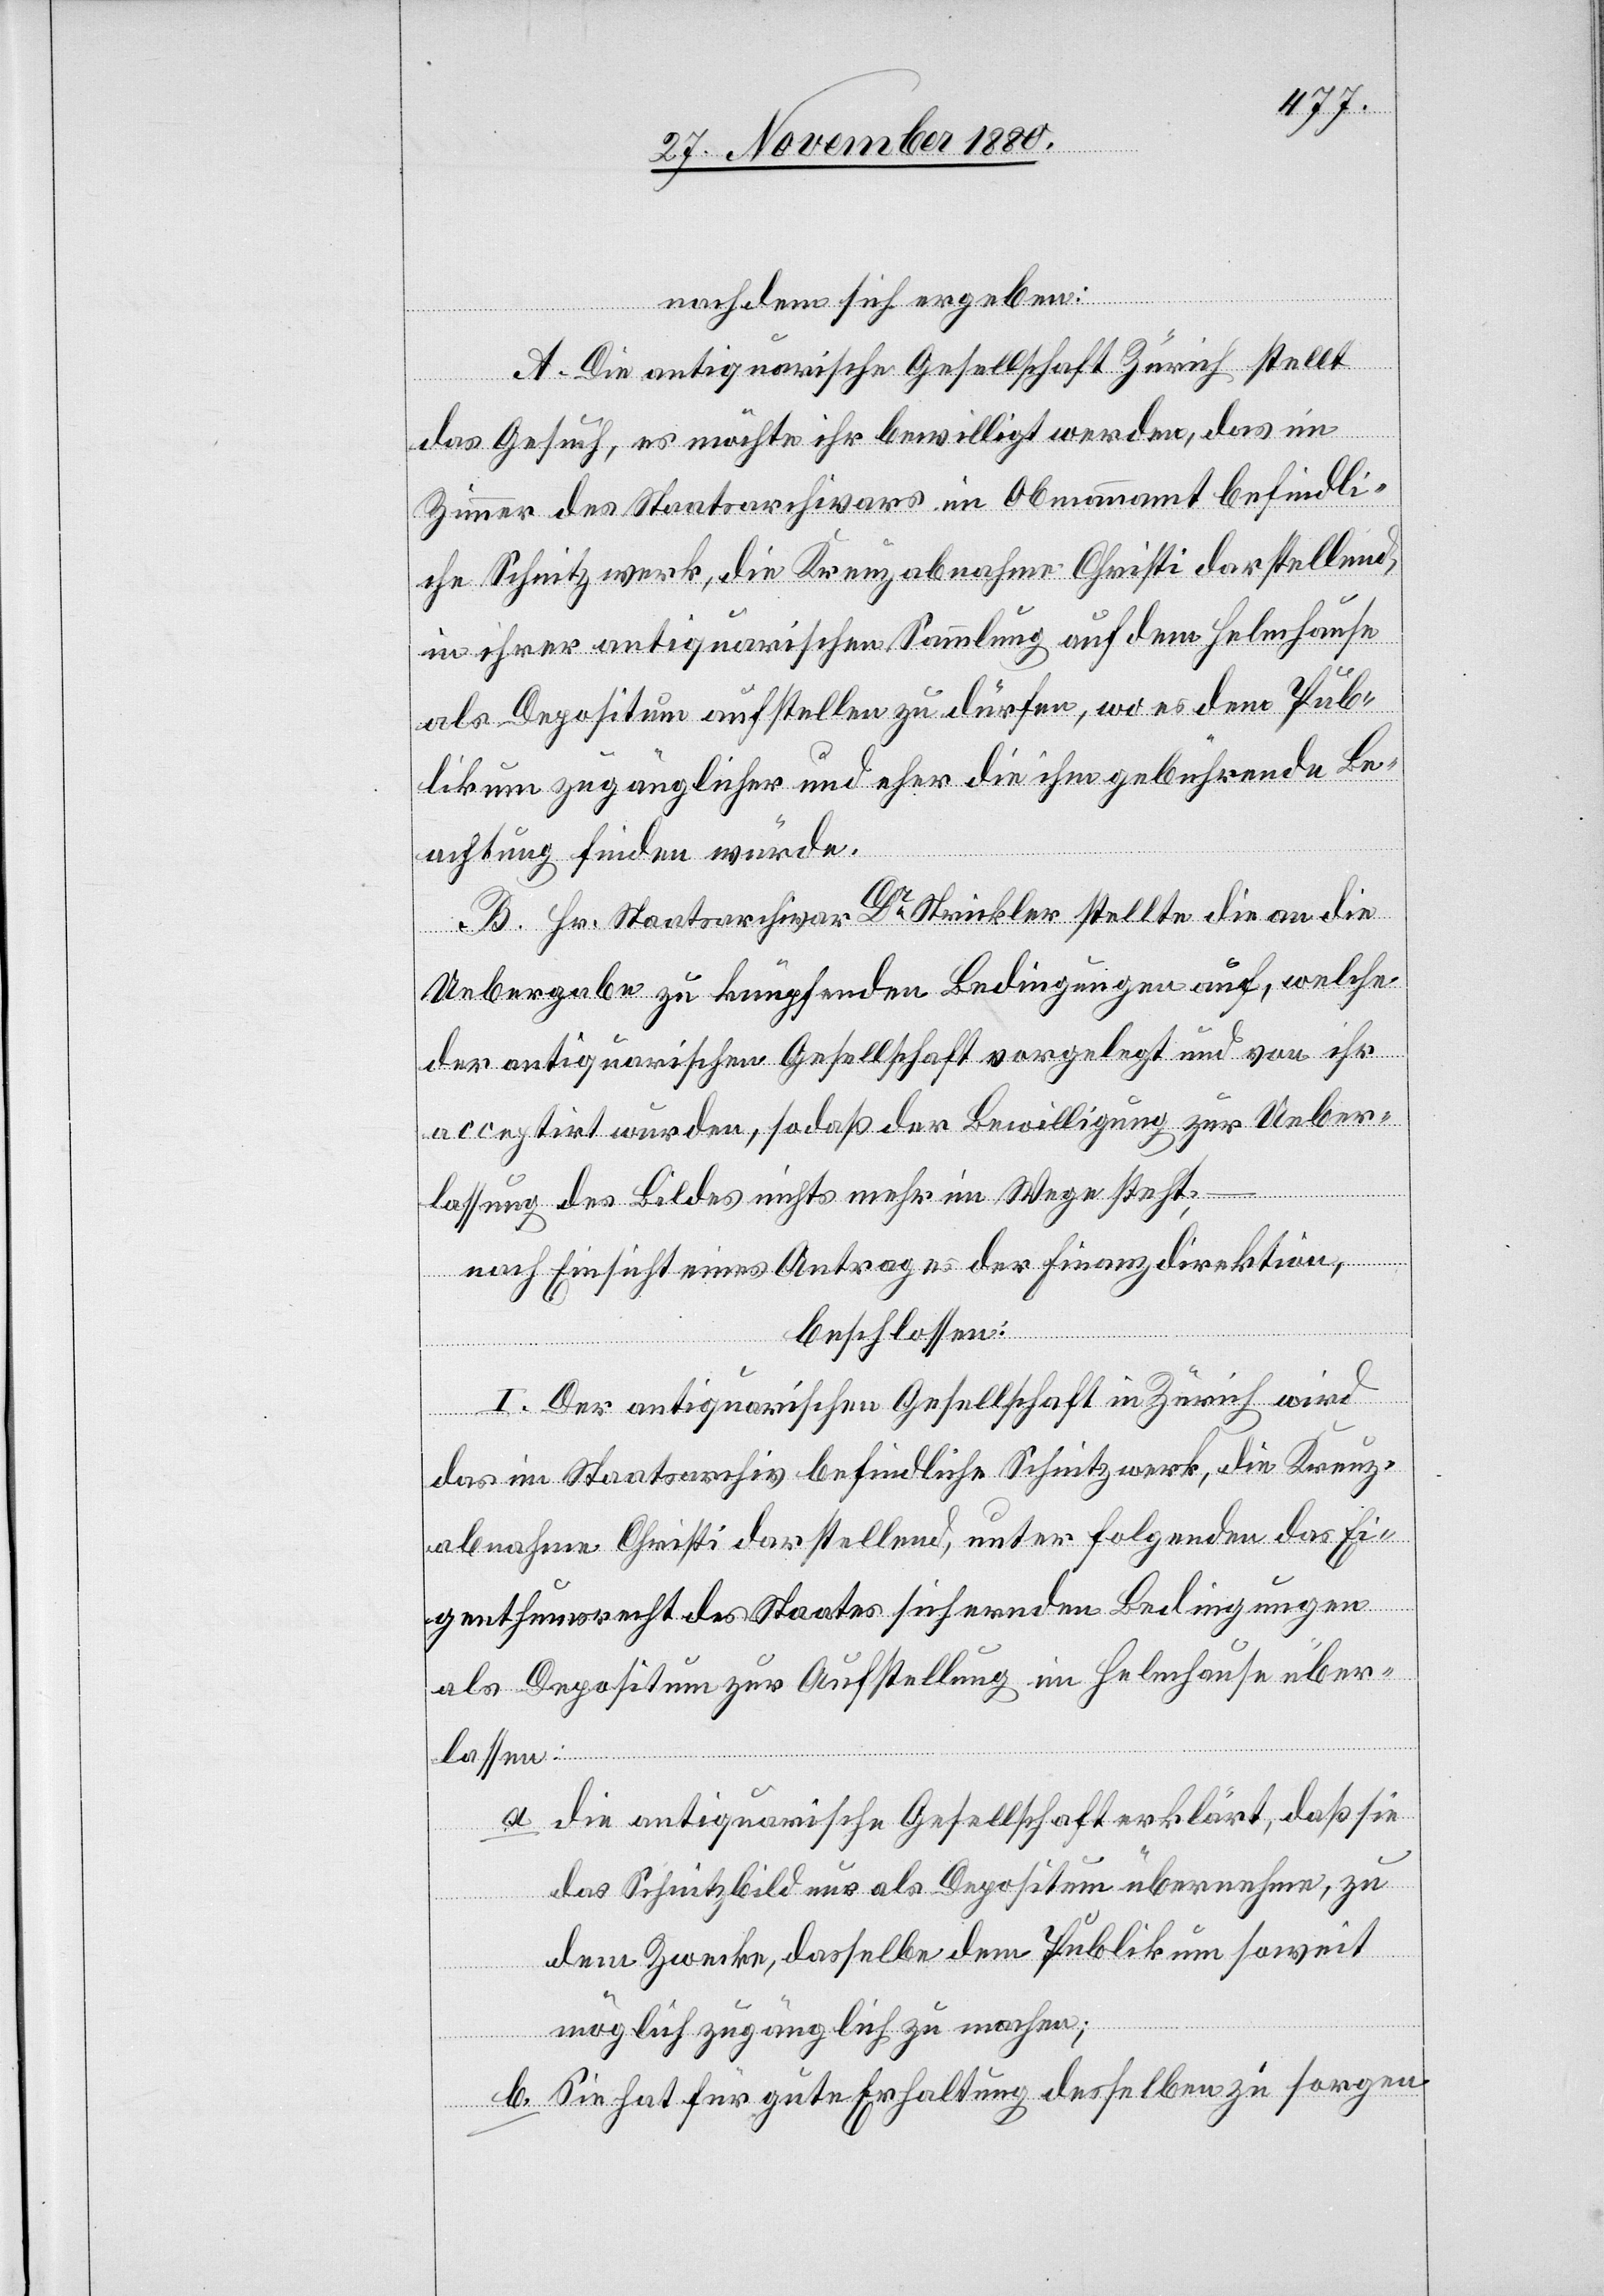
nachdem sich ergeben:
A. Die antiquarische Gesellschaft Zürich stellt
das Gesuch, es möchte ihr bewilligt werden, das im
Zimmer des Staatsarchivars im Obmannamt befindli¬
che Schnitzwerk, die Kreuzabnahme Christi darstellend,
in ihrer antiquarischen Sammlung auf dem Helmhause
als Depositum aufstellen zu dürfen, wo es dem Pub¬
likum zugänglicher und eher die ihm gebührende Be¬
achtung finden würde.
B. Hr. Staatsarchivar Dr Strickler stellte die an die
Uebergabe zu knüpfende Bedingungen auf, welche
der antiquarischen Gesellschaft vorgelegt und von ihr
acceptirt wurden, sodaß der Bewilligung zur Ueber¬
lassung des Bildes nichts mehr im Wege steht; –
nach Einsicht eines Antrages der Finanzdirektion,
beschlossen:
I. Der antiquarischen Gesellschaft in Zürich wird
das im Staatsarchiv befindliche Schnitzwerk, die Kreuz¬
abnahme Christi darstellend, unter folgenden das Ei¬
genthumsrecht des Staates sichernden Bedingungen
als Depositum zur Aufstellung im Helmhause über¬
lassen:
a. die antiquarische Gesellschaft erklärt, daß sie
das Schnitzbild nur als Depositum übernehme, zu
dem Zwecke, dasselbe dem Publikum soweit
möglich zugänglich zu machen;
b. Sie hat für gute Erhaltung desselben zu sorgen